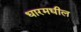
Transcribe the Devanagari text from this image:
धारमधील